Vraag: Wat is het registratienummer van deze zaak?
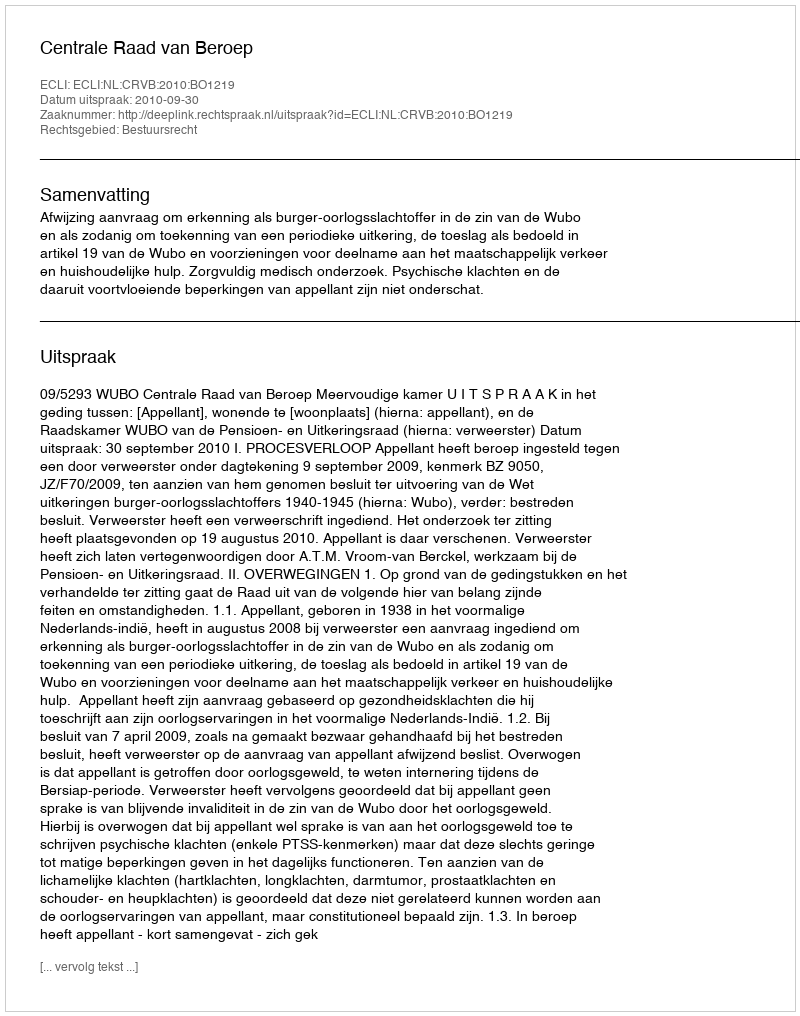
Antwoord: http://deeplink.rechtspraak.nl/uitspraak?id=ECLI:NL:CRVB:2010:BO1219